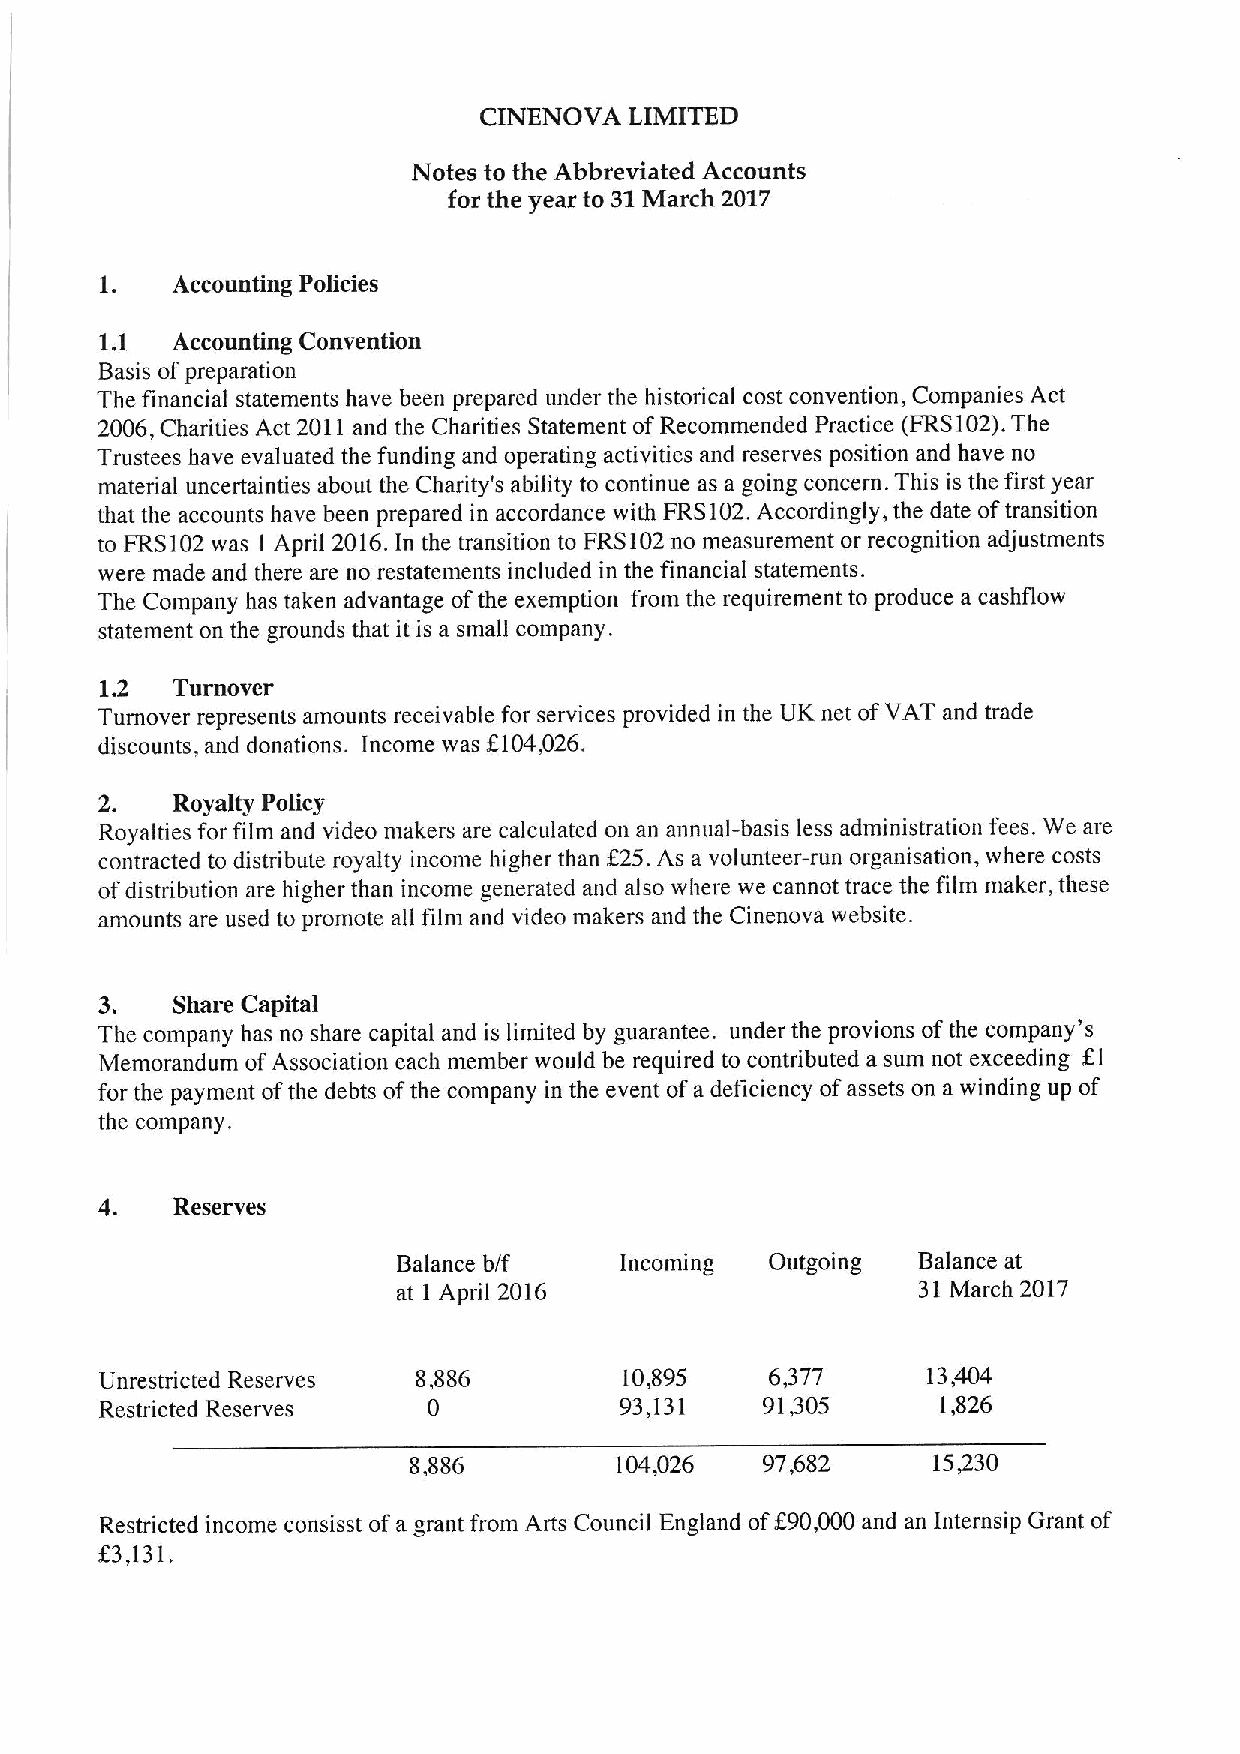
CINENOVA  LIMITED
 Notes to the Abbreviated Accounts
 for the year to 31March 2017
 1.  Accounting Policies
 1. 1 Accounting Convention
 Basis ofpreparation
 The financial statements have been prepared under the historical cost convention, Companies Act
 2006,Charities Act 2011and the Charities Statement ofRecommended Practice (FRS102).The
 Trustees have evaluated the funding and operating activities and reserves position and have no
 material uncertainties about the Charity's ability to continue as a going concern. This is the first year
 that the accounts have been prepared in accordance with FRS102.Accordingly, the date oftransition
 to FRS102was I April 2016.In the transition to FRS102no measurement or recognition adjustments
 were made and there are no restatements included in the financial statements.
 The Company has taken advantage ofthe exemption from the requirement to produce a cashflow
 statement on the grounds that it is a small company.
 1.2 Turnover
 Turnover represents amounts receivable for services provided in the UK net ofVAT and trade
 discounts, and donations. Income was E104,026.
 2.  Royalty Policy
 Royalties for film and video makers are calculated on an annual-basis less administration fees. We are
 contracted to distribute royalty income higher than E25.As a volunteer-run organisation, where costs
 ofdistribution are higher than income generated and also where we cannot trace the film maker, these
 amounts are used to promote all film and video makers and the Cinenova website.
 3.  Share Capital
 The company has no share capital and is limited by guarantee. under the provions ofthe company's
 Memorandum ofAssociation each member would be required to contributed a sum not exceeding EI
 for the payment ofthe debts ofthe company in the event ofa deficiency ofassets on a winding up of
 the company.
 4.  Reserves
 Balance b/f    Incoming  Outgoing  Balance at
 at I April 2016                    31 March 2017
 Unrestricted Reserves 8,886       10,895    6,377     13,404
 Restricted Reserves  0            93,131   91,305      1,826
 8,886         104,026  97,682      15430
 Restricted income consisst ofa grant from Arts Council England of$90,000 and an Internsip Grant of
 23,131.